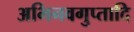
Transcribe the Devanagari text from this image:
अभिनवगुप्तादि